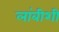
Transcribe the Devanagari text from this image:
लांबीशी